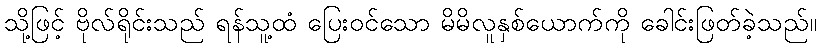
သို့ဖြင့် ဗိုလ်ရိုင်းသည် ရန်သူ့ထံ ပြေးဝင်သော မိမိလူနှစ်ယောက်ကို ခေါင်းဖြတ်ခဲ့သည်။